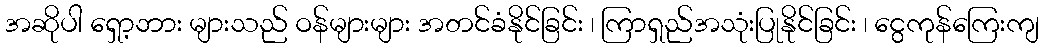
အဆိုပါ ရှော့ဘား များသည် ဝန်များများ အတင်ခံနိုင်ခြင်း ၊ ကြာရှည်အသုံးပြုနိုင်ခြင်း ၊ ငွေကုန်ကြေးကျ